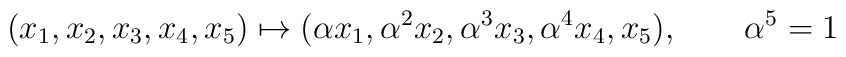
(x_1,x_2,x_3,x_4,x_5)\mapsto (\alpha x_1, \alpha^2 x_2,\alpha^3 x_3,\alpha^4 x_4,x_5), \qquad \alpha^5=1